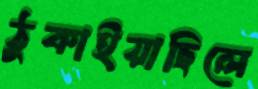
ঠুকাইয়াছিলে